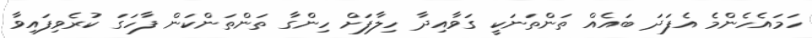
ހަމައެހެންމެ އެފަދަ ބައެއް ތަންތަނަކީ ގަވާއިދާ ހިލާފަށް ހިންގާ ތަންތަންކަން ފާހަގަ ކުރެވިފައިވާ